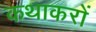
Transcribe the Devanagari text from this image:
कथाकरों